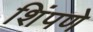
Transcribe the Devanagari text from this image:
शिंपणे